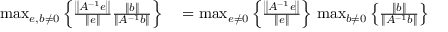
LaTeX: \begin{array} { r l } { \operatorname* { m a x } _ { e , b \neq 0 } \left\{ { \frac { \left\| A ^ { - 1 } e \right\| } { \| e \| } } { \frac { \| b \| } { \left\| A ^ { - 1 } b \right\| } } \right\} } & { { } = \operatorname* { m a x } _ { e \neq 0 } \left\{ { \frac { \left\| A ^ { - 1 } e \right\| } { \| e \| } } \right\} \, \operatorname* { m a x } _ { b \neq 0 } \left\{ { \frac { \| b \| } { \left\| A ^ { - 1 } b \right\| } } \right\} } \end{array}